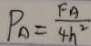
P _ { A } = \frac { F _ { A } } { 4 h ^ { 2 } }